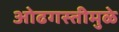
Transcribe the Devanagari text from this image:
ओढगस्तीमुळे